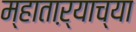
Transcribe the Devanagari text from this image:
म्हाताऱ्याच्या